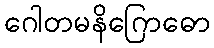
ဂေါတမနိဂြောဓော